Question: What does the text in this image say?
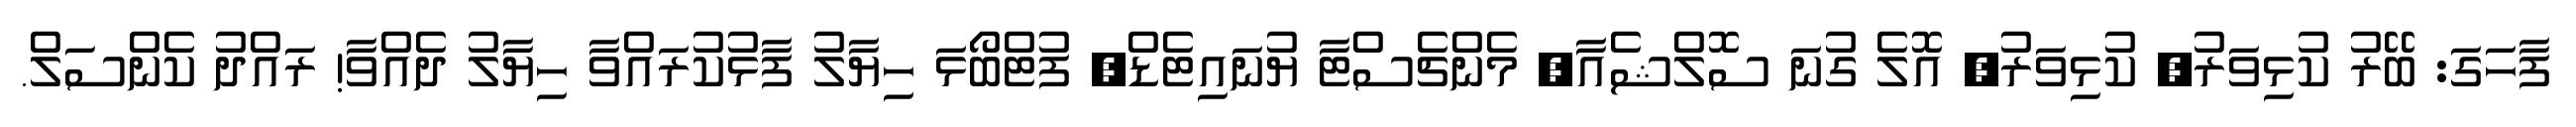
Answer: ފާހަގަ: ބޭރު ކުޅިވަރު, ކުޅިވަރު, އޮލެ ގުނަ ސޮލްޝެއާ, މެންޗެސްޓާ ޔުނައިޓެޑް, ފުޓްބޯޅަ ހިޔާލު ފާޅުކުރައްވާ ހިޔާލު ދެއްވާ! ރައްދު ކެންސަލް.